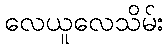
လေယူလေသိမ်း